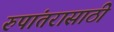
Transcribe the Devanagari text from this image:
रुपांतरासाठी